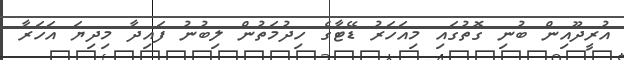
އުރީދޫއިން ބުނި ގޮތުގައި މިއަހަރު ޑޭޓާގެ ހިދުމަތުން ލިބުނު ފައިދާ މިދިޔަ އަހަރާ